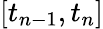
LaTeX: [t_{n-1},t_{n}]